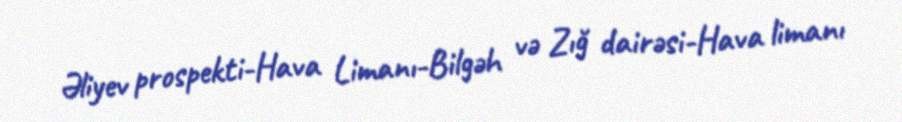
Əliyev prospekti-Hava Limanı-Bilgəh və Zığ dairəsi-Hava limanı